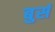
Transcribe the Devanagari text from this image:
बुर्स